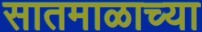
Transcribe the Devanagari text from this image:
सातमाळाच्या